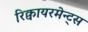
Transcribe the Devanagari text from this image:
रिक्वायरमेन्ट्स